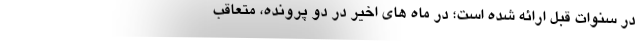
در سنوات قبل ارائه شده است؛ در ماه های اخیر در دو پرونده، متعاقب